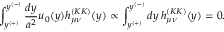
\int _ { y ^ { ( + ) } } ^ { y ^ { ( - ) } } { \frac { d y } { a ^ { 2 } } } u _ { 0 } ( y ) h _ { \mu \nu } ^ { ( K K ) } ( y ) \propto \int _ { y ^ { ( + ) } } ^ { y ^ { ( - ) } } d y \, h _ { \mu \nu } ^ { ( K K ) } ( y ) = 0 .